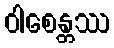
ဝါစေန္တဿ